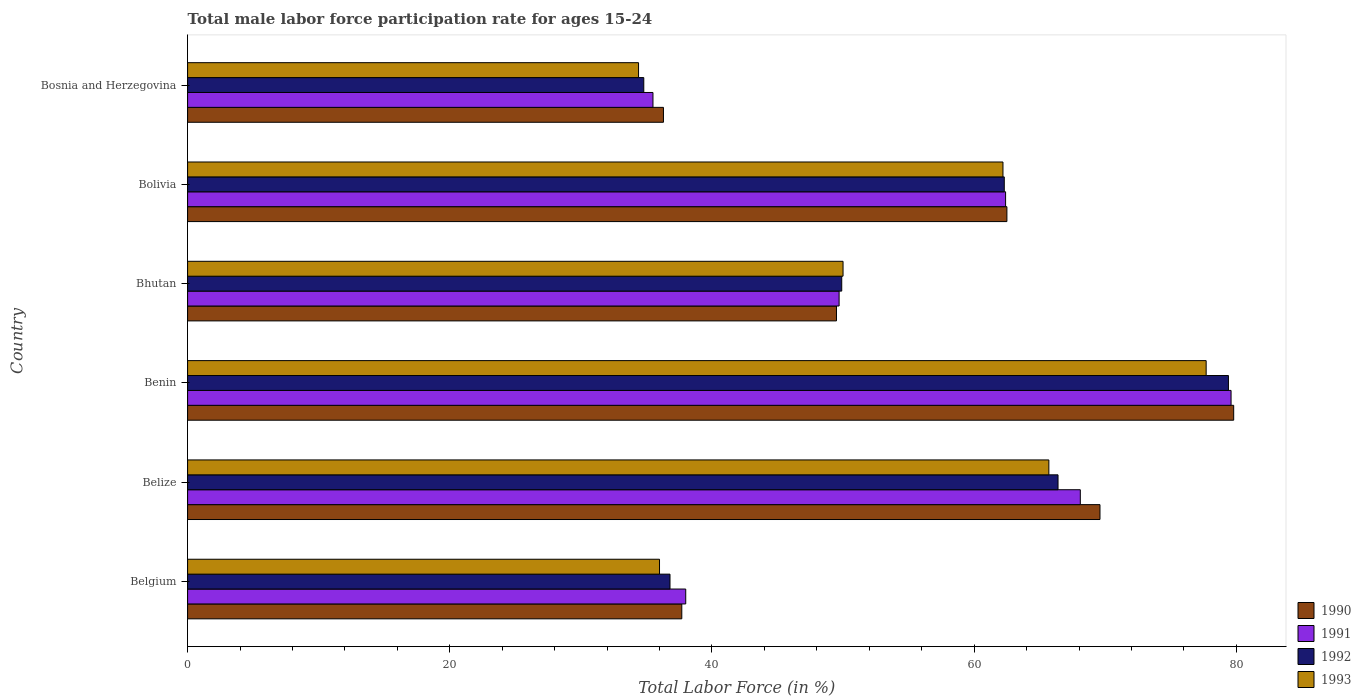
| Country | 1990 | 1991 | 1992 | 1993 |
 | --- | --- | --- | --- | --- |
 | Belgium | 37.7 | 38 | 36.8 | 36 |
 | Belize | 69.6 | 68.1 | 66.4 | 65.7 |
 | Benin | 79.8 | 79.6 | 79.4 | 77.7 |
 | Bhutan | 49.5 | 49.7 | 49.9 | 50 |
 | Bolivia | 62.5 | 62.4 | 62.3 | 62.2 |
 | Bosnia and Herzegovina | 36.3 | 35.5 | 34.8 | 34.4 |